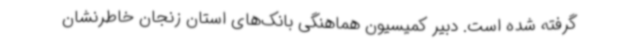
گرفته شده است. دبیر کمیسیون هماهنگی بانک‌های استان زنجان خاطرنشان